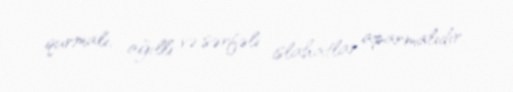
qurmalı, ağıllı və sərfəli islahatlar aparmalıdır.